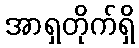
အာရှတိုက်ရှိ